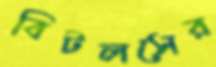
বিটলসের